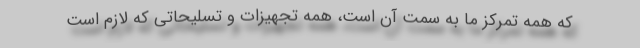
که همه تمرکز ما به سمت آن است، همه تجهیزات و تسلیحاتی که لازم است